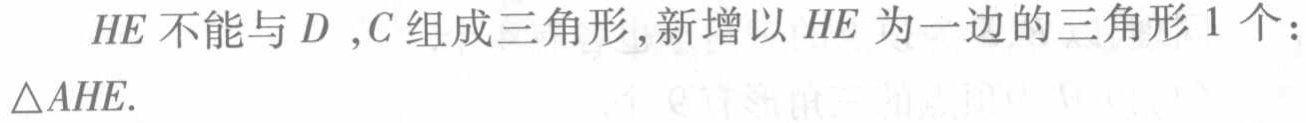
$HE$不能与$D$,$C$组成三角形,新增以$HE$为一边的三角形$1$个：$\triangle AHE$.